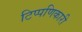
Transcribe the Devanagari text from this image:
टिप्पणिकारी